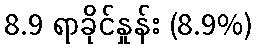
8.9 ရာခိုင်နှုန်း (8.9%)